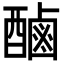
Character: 𮠾